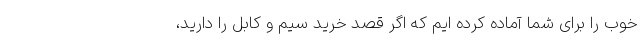
خوب را برای شما آماده کرده ایم که اگر قصد خرید سیم و کابل را دارید،